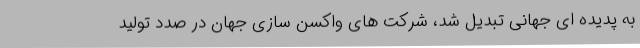
به پدیده ای جهانی تبدیل شد، شرکت های واکسن سازی جهان در صدد تولید